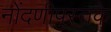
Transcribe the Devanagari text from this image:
नोंदणीपुस्तके